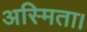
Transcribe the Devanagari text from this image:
अस्मिता।